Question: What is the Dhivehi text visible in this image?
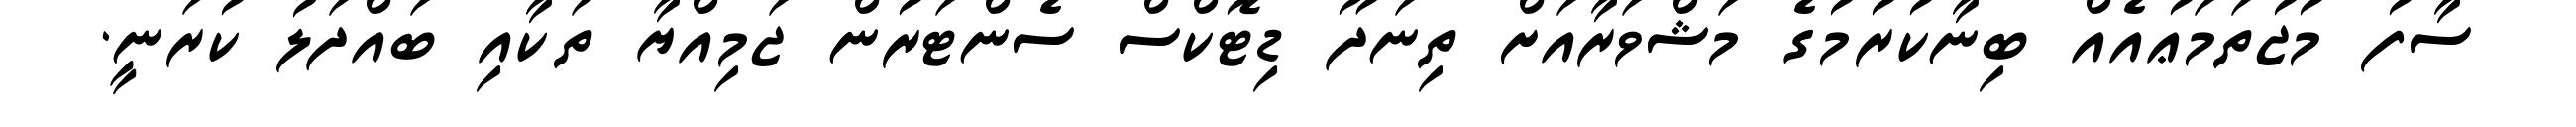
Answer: ސާފު މުޖުތަމަޢުއެއް ބިނާކުރުމުގެ މަޝްވަރާއަށް ތިނަދޫ ޑިޓޮކްސް ސެންޓަރުން ޖަމިއްޔާ ތަކާއި ބައްދަލު ކުރަނީ.